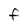
Character: F